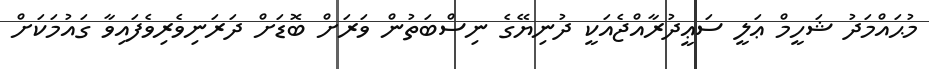
މުޙައްމަދު ޝަހީމް ޢަލީ ސަޢީދުރާއްޖެއަކީ ދުނިޔޭގެ ނިސްބަތުން ވަރަށް ބޮޑަށް ދަރަނިވެރިވެފައިވާ ގައުމަކަށް